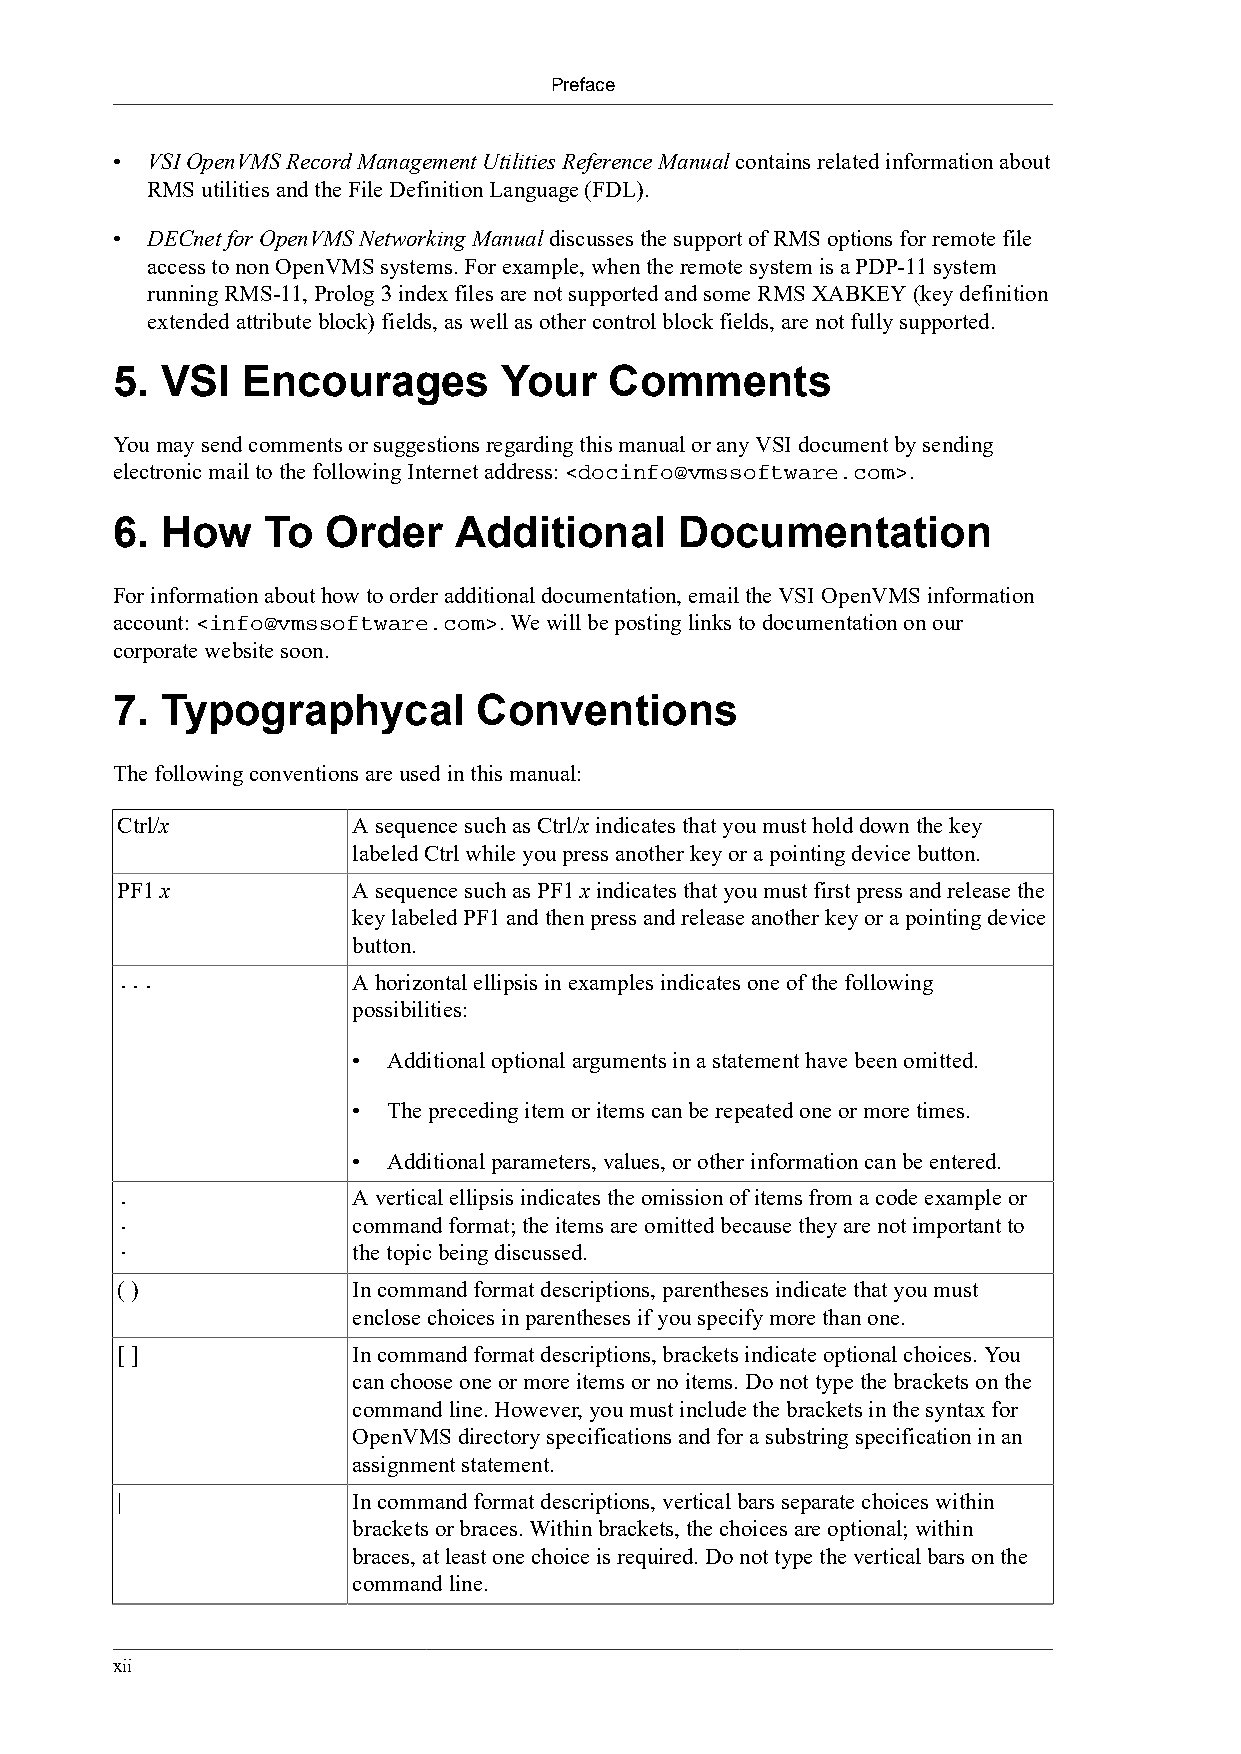
Preface
 •  VSI OpenVMS Record Management Utilities Reference Manual contains related information about
 RMS utilities and the File Definition Language (FDL).
 •  DECnet for OpenVMS Networking Manual discusses the support of RMS options for remote file
 access to non OpenVMS systems. For example, when the remote system is a PDP-11 system
 running RMS-11, Prolog 3 index files are not supported and some RMS XABKEY (key definition
 extended attribute block) fields, as well as other control block fields, are not fully supported.
 5.  VSI  Encourages       Your   Comments
 You may send comments or suggestions regarding this manual or any VSI document by sending
 electronic mail to the following Internet address: <docinfo@vmssoftware.com>.
 6.  How   To   Order   Additional     Documentation
 For information about how to order additional documentation, email the VSI OpenVMS information
 account: <info@vmssoftware.com>. We will be posting links to documentation on our
 corporate website soon.
 7.  Typographycal        Conventions
 The following conventions are used in this manual:
 Ctrl/x         A sequence such as Ctrl/x indicates that you must hold down the key
 labeled Ctrl while you press another key or a pointing device button.
 PF1 x          A sequence such as PF1 x indicates that you must first press and release the
 key labeled PF1 and then press and release another key or a pointing device
 button.
 ...            A horizontal ellipsis in examples indicates one of the following
 possibilities:
 •  Additional optional arguments in a statement have been omitted.
 •  The preceding item or items can be repeated one or more times.
 •  Additional parameters, values, or other information can be entered.
 .              A vertical ellipsis indicates the omission of items from a code example or
 .              command format; the items are omitted because they are not important to
 .
 the topic being discussed.
 ( )            In command format descriptions, parentheses indicate that you must
 enclose choices in parentheses if you specify more than one.
 [ ]            In command format descriptions, brackets indicate optional choices. You
 can choose one or more items or no items. Do not type the brackets on the
 command line. However, you must include the brackets in the syntax for
 OpenVMS directory specifications and for a substring specification in an
 assignment statement.
 |              In command format descriptions, vertical bars separate choices within
 brackets or braces. Within brackets, the choices are optional; within
 braces, at least one choice is required. Do not type the vertical bars on the
 command line.
 xii